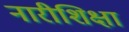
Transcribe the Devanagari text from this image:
नारीशिक्षा